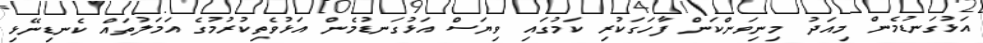
އަޅުގަނޑުމެން މިއަދު މިނިވަންކަން ފާހަގަކުރި ކަމުގައި ވިޔަސް އަޅުގަނޑުމެން އަޅުވެތިކުރުމުގެ އަމަލުތައް ކެނޑިނޭޅި